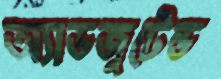
অ্যাডজুটেন্ড